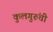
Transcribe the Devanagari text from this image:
कुलगुरुंची